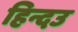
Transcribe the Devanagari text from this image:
हिन्दउ